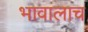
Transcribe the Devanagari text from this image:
भावालाच